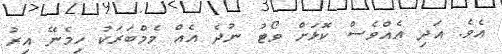
އެވެ. އަދި އެއްވެސް ކޮޅަށް ވޯޓު ނުދެ އެއް މެމްބަރަކު ހިމެނޭ އިރު